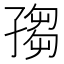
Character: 𡦅